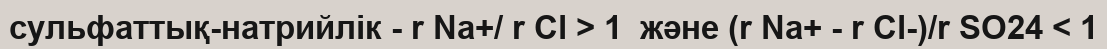
сульфаттық-натрийлік - r Na+/ r Cl > 1  және (r Na+ - r Cl-)/r SO24 < 1